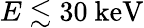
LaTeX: E\lesssim 30~\mathrm{keV}